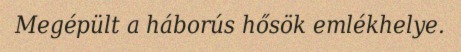
Megépült a háborús hősök emlékhelye.